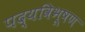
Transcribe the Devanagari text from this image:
पद्यविभूषण